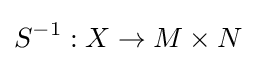
S^{-1}:X\to M\times N